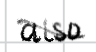
Text: also
Cross-out: diagonal
Writing tool: digital_black